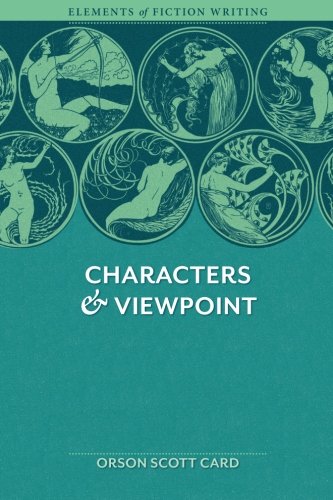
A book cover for Characters & Viewpoint (Elements of Fiction Writing); Orson Scott Card; Reference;